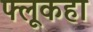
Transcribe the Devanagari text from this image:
फ्लूकहा